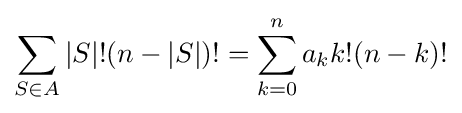
\sum _{S\in A}|S|!(n-|S|)!=\sum _{k=0}^{n}a_{k}k!(n-k)!